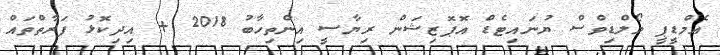
އެމްޑީޕީ މޯލްޑިވްސް ޔުނައިޓެޑް އޮޕޮޒިޝަން ރިޔާސީ އިންތިހާބު 2018 + އިދިކޮޅު ފަރާތްތައް